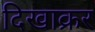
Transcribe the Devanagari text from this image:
दिखाक्रर